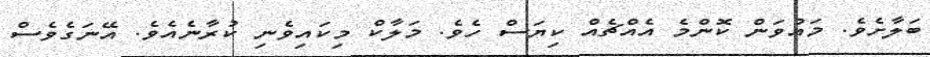
ބަލާށެވެ. މައުވަން ކޮންމެ އެއްޗެއް ކިޔަސް ހެވެ. މަލާކް މިކައިވެނި ކުރާނެއެވެ. އޭނަގެވެސް